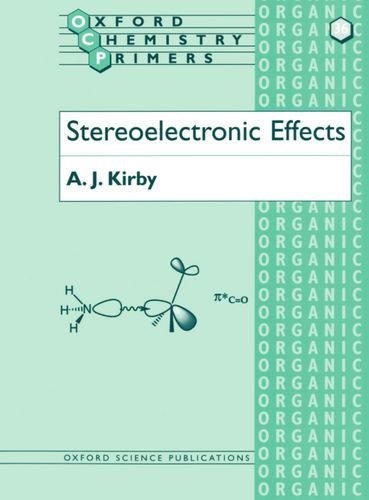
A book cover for Stereoelectronic Effects (Oxford Chemistry Primers); A. J. Kirby; Science & Math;